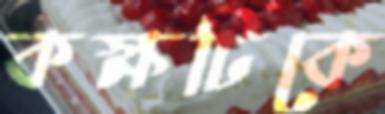
কক্ষটিকে